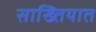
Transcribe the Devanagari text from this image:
साख्तियात